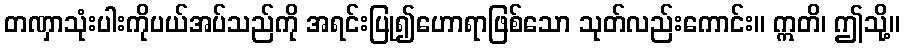
တဏှာသုံးပါးကိုပယ်အပ်သည်ကို အရင်းပြု၍ဟောရာဖြစ်သော သုတ်လည်းကောင်း။ ဣတိ၊ ဤသို့။